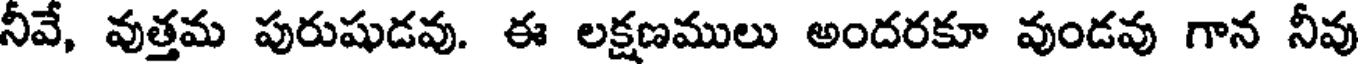
నీవే, వుత్తమ పురుషుడవు. ఈ లక్షణములు అందరకూ వుండవు గాన నీవు